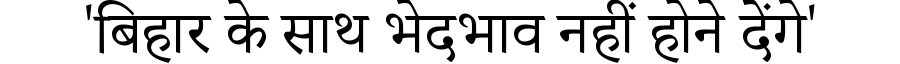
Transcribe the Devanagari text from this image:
'बिहार के साथ भेदभाव नहीं होने देंगे'